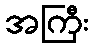
အကြီး